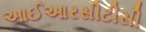
આઈઆરસીટીસી